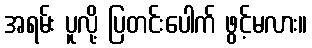
အရမ်း ပူလို့ ပြတင်းပေါက် ဖွင့်မလား။